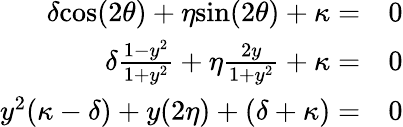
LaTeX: \begin{array}{rl}{\delta\textrm{cos}(2\theta)+\eta\textrm{sin}(2\theta)+\kappa=}&{{}0}\\ {\delta\frac{1-y^{2}}{1+y^{2}}+\eta\frac{2y}{1+y^{2}}+\kappa=}&{{}0}\\ {y^{2}(\kappa-\delta)+y(2\eta)+(\delta+\kappa)=}&{{}0}\end{array}